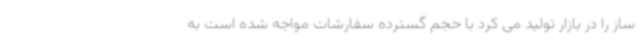
ساز را در بازار تولید می کرد با حجم گسترده سفارشات مواجه شده است به